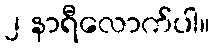
၂ နာရီလောက်ပါ။